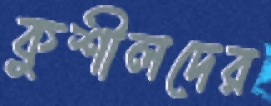
কুশীলদের